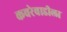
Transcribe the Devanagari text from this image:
कचरेवाडीला